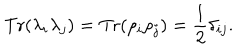
\mathrm { T r } ( \lambda _ { i } \lambda _ { j } ) = \mathrm { T r } ( \rho _ { i } \rho _ { j } ) = \frac 1 2 \delta _ { i j } .